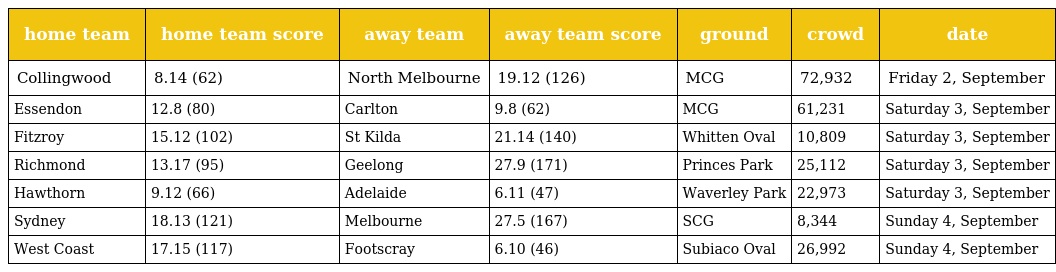
| home team | home team score | away team | away team score | ground | crowd | date |
 | --- | --- | --- | --- | --- | --- | --- |
 | Collingwood | 8.14 (62) | North Melbourne | 19.12 (126) | MCG | 72,932 | Friday 2, September |
 | Essendon | 12.8 (80) | Carlton | 9.8 (62) | MCG | 61,231 | Saturday 3, September |
 | Fitzroy | 15.12 (102) | St Kilda | 21.14 (140) | Whitten Oval | 10,809 | Saturday 3, September |
 | Richmond | 13.17 (95) | Geelong | 27.9 (171) | Princes Park | 25,112 | Saturday 3, September |
 | Hawthorn | 9.12 (66) | Adelaide | 6.11 (47) | Waverley Park | 22,973 | Saturday 3, September |
 | Sydney | 18.13 (121) | Melbourne | 27.5 (167) | SCG | 8,344 | Sunday 4, September |
 | West Coast | 17.15 (117) | Footscray | 6.10 (46) | Subiaco Oval | 26,992 | Sunday 4, September |